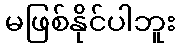
မဖြစ်နိုင်ပါဘူး